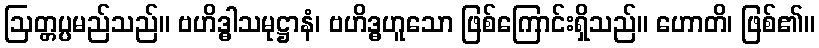
ဩတ္တပ္ပမည်သည်။ ဗဟိဒ္ဓါသမုဋ္ဌာနံ၊ ဗဟိဒ္ဓဟူသော ဖြစ်ကြောင်းရှိသည်။ ဟောတိ၊ ဖြစ်၏။